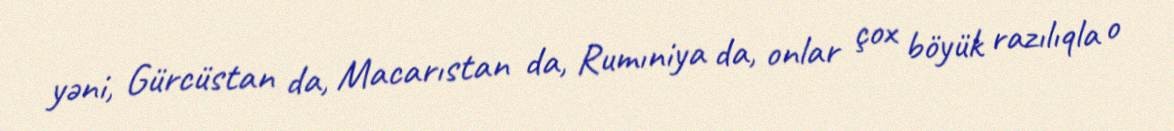
yəni, Gürcüstan da, Macarıstan da, Rumıniya da, onlar çox böyük razılıqla o